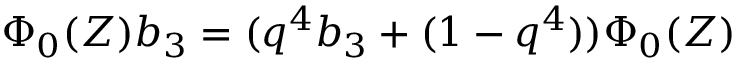
\Phi _ { 0 } ( Z ) b _ { 3 } = ( q ^ { 4 } b _ { 3 } + ( 1 - q ^ { 4 } ) ) \Phi _ { 0 } ( Z )